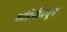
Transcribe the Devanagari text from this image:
वाहिनीमधून